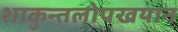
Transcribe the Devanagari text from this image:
शाकुन्तलोपखयान